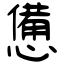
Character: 憊